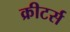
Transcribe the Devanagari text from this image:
क्रीटर्स